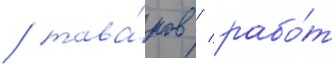
/ това́ров / рабо́т